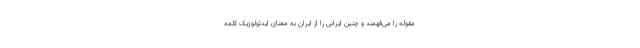
مقوله را می‌فهمند و چنین ایرانی را از ایران به معنای ایدئولوژیک کلمه